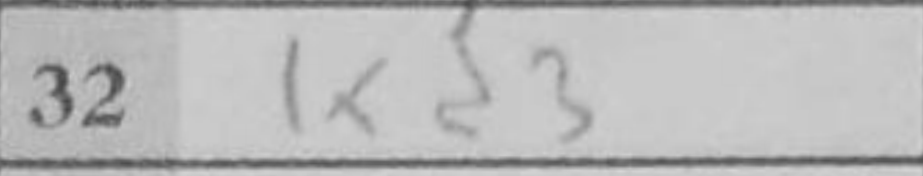
Transcription: Kd3